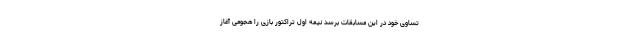
تساوی خود در این مسابقات برسد نیمه اول تراکتور بازی را هجومی آغاز